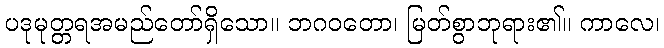
ပဒုမုတ္တရအမည်တော်ရှိသော။ ဘဂဝတော၊ မြတ်စွာဘုရား၏။ ကာလေ၊